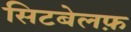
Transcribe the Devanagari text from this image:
सिटबेलफ़